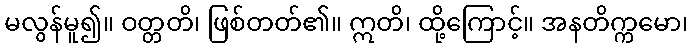
မလွန်မူ၍။ ဝတ္တတိ၊ ဖြစ်တတ်၏။ ဣတိ၊ ထို့ကြောင့်။ အနတိက္ကမော၊